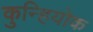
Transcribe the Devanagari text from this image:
कुन्हियोक